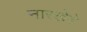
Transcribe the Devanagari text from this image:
नारखेडे